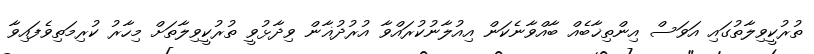
ތުރުކީވިލާތުގައި އަވަސް އިންތިޚާބެއް ބާއްވާނެކަން އިއުލާނުކުރައްވާ އުރުދުޣާން ވިދާޅުވީ ތުރުކީވިލާތަށް މިހާރު ކުރިމަތިވެފައިވާ